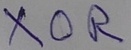
Text: XOR